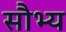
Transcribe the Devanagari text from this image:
सौभ्य